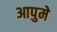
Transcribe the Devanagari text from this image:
आपुमे